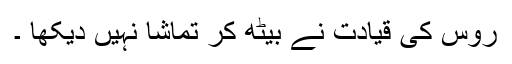
روس کی قیادت نے بیٹھ کر تماشا نہیں دیکھا ۔